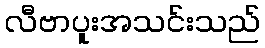
လီဗာပူးအသင်းသည်